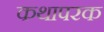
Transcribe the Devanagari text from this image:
कथापरक